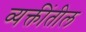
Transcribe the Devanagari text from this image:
व्यक्तींतील